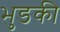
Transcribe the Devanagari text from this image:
भुडकी